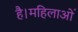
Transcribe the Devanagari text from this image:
है।महिलाओं